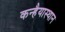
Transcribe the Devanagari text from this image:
कन्हैयास्थान